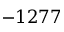
- 1 2 7 7